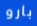
بارو